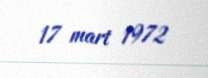
17 mart 1972